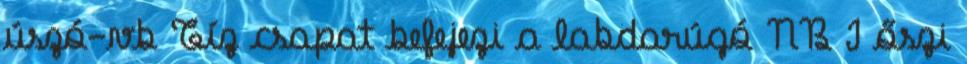
úszó-vb Tíz csapat befejezi a labdarúgó NB I őszi